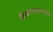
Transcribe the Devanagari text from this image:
दिवाणखाण्यात